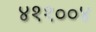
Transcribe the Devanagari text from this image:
४११००४